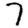
Digit: 7